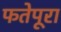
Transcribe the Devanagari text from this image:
फतेपूरा